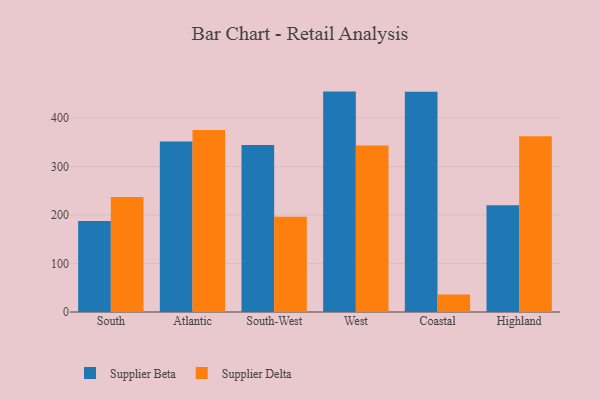
{"axis": {"x": "Region", "y": "Headcount"}, "legend": ["Supplier Beta", "Supplier Delta"], "data": [{"x": "South", "y": 187.9, "type": "Supplier Beta"}, {"x": "South", "y": 237.4, "type": "Supplier Delta"}, {"x": "Atlantic", "y": 351.8, "type": "Supplier Beta"}, {"x": "Atlantic", "y": 375.3, "type": "Supplier Delta"}, {"x": "South-West", "y": 344.5, "type": "Supplier Beta"}, {"x": "South-West", "y": 196.7, "type": "Supplier Delta"}, {"x": "West", "y": 454.7, "type": "Supplier Beta"}, {"x": "West", "y": 343.5, "type": "Supplier Delta"}, {"x": "Coastal", "y": 454.6, "type": "Supplier Beta"}, {"x": "Coastal", "y": 36.3, "type": "Supplier Delta"}, {"x": "Highland", "y": 220.3, "type": "Supplier Beta"}, {"x": "Highland", "y": 362.8, "type": "Supplier Delta"}]}